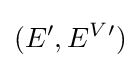
(E',E^{V}{}')